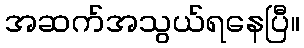
အဆက်အသွယ်ရနေပြီ။